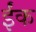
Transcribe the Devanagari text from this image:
ईंक